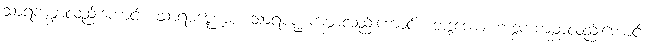
သာရကမ္ဘာလည်းကောင်း။ သာရမဏ္ဍောစ၊ သာရမဏ္ဍကမ္ဘာလည်းကောင်း။ ဘဒ္ဒကော၊ ဘဒ္ဒကကမ္ဘာလည်းကောင်း။